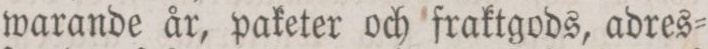
warande år, paketer och fraktgods, adres=